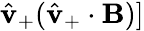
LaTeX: \hat{\mathbf{v}}_{+}(\hat{\mathbf{v}}_{+}\cdot\mathbf{B})]